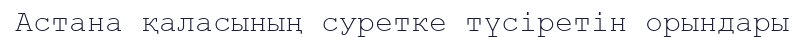
Астана қаласының суретке түсіретін орындары